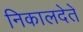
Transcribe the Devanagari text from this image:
निकालदेते